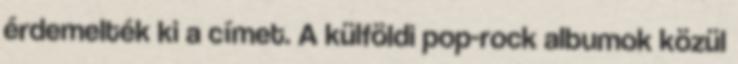
érdemelték ki a címet. A külföldi pop-rock albumok közül